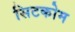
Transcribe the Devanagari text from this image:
सिटकोम